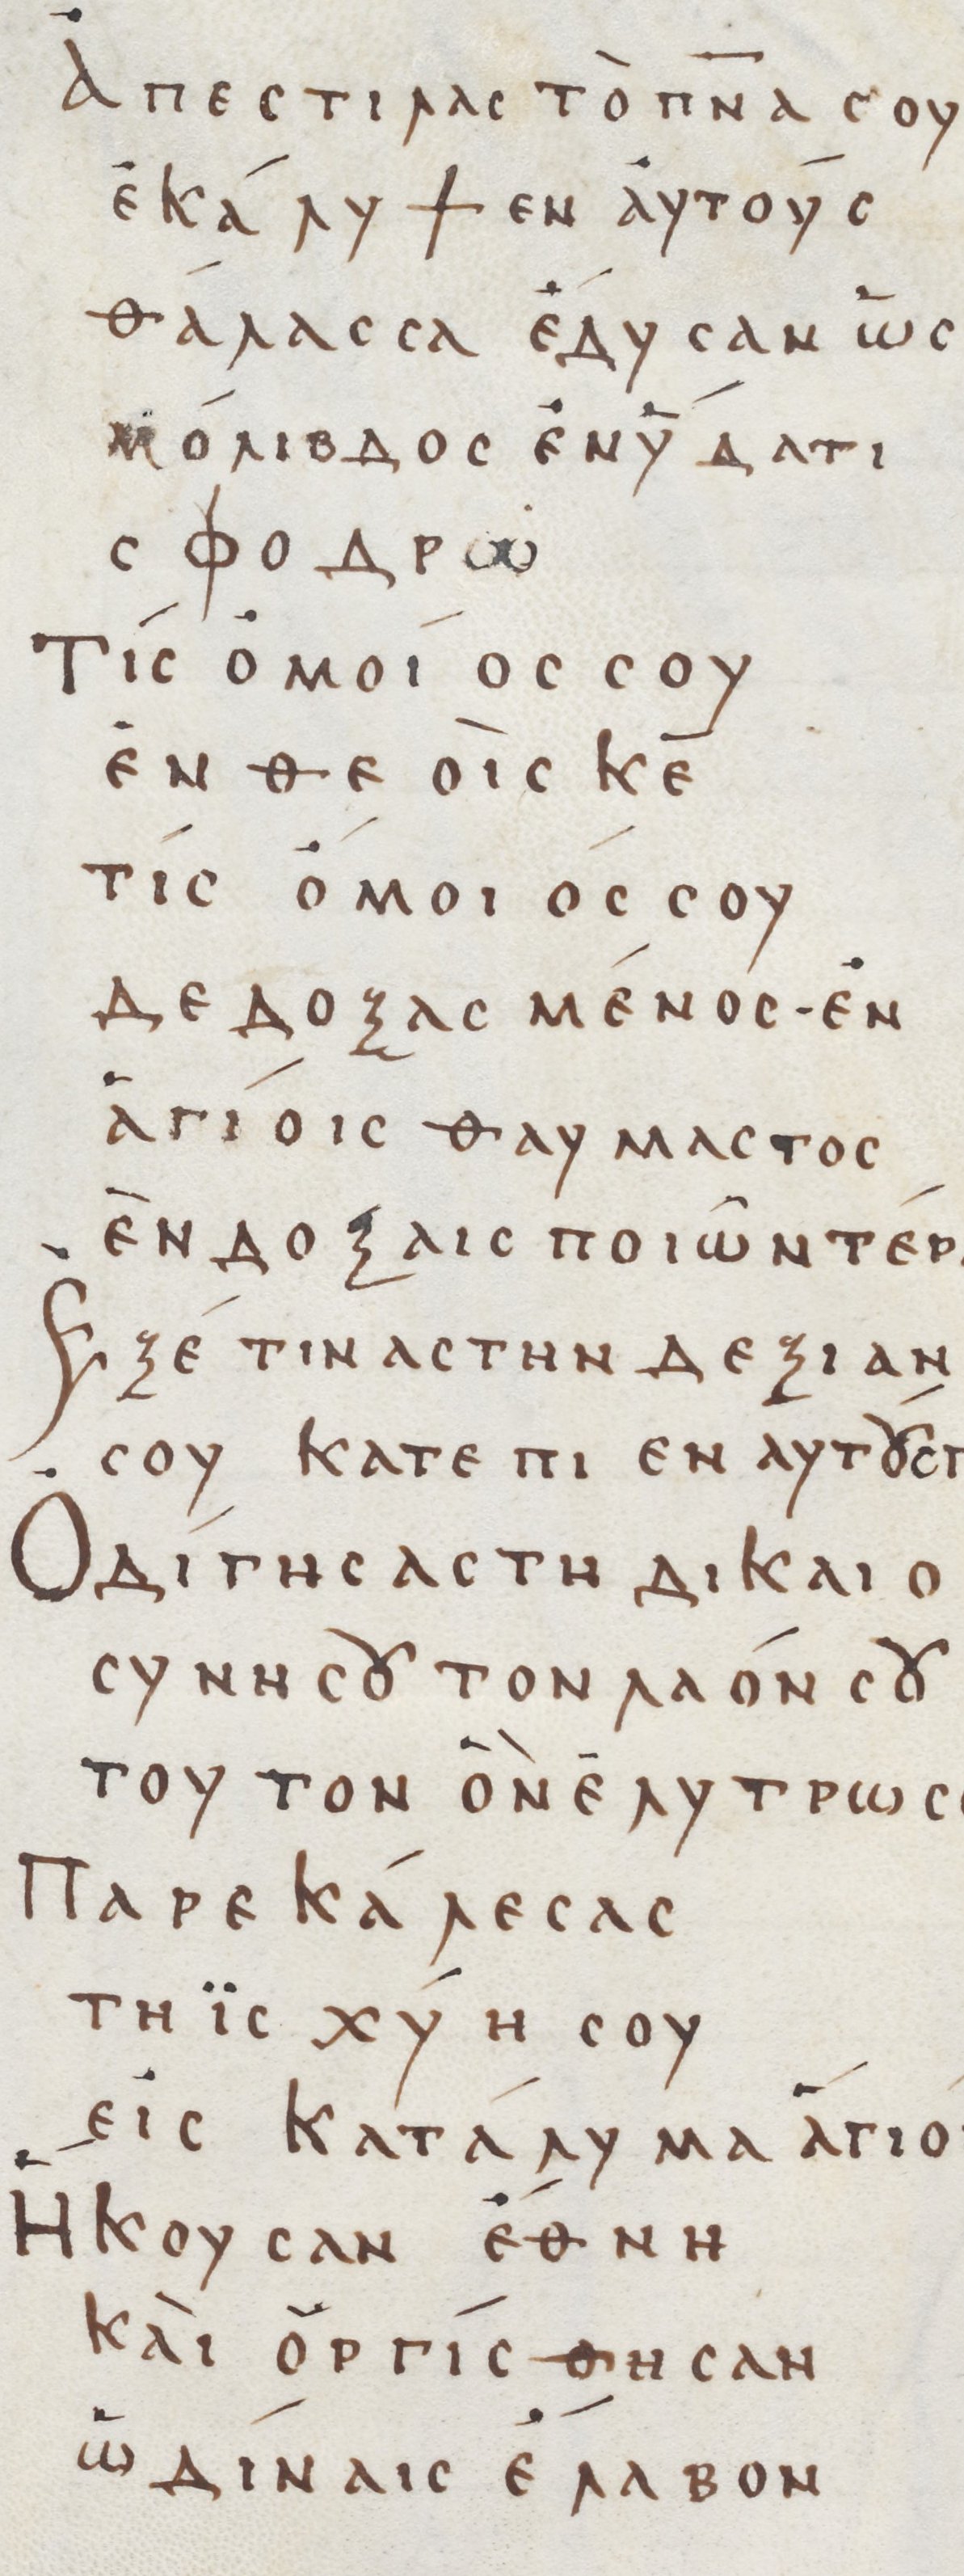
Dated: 800–999